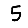
Digit: 5